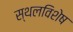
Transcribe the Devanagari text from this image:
स्थलविशेष